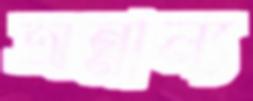
অন্নান্য